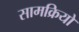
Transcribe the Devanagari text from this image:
सामक्रियों